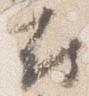
府